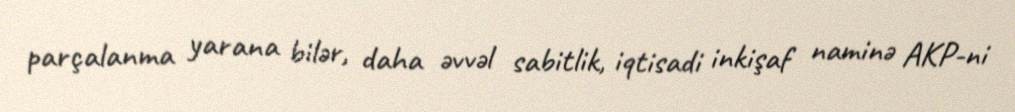
parçalanma yarana bilər, daha əvvəl sabitlik, iqtisadi inkişaf naminə AKP-ni